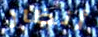
أنظار